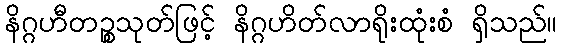
နိဂ္ဂဟီတဉ္စသုတ်ဖြင့် နိဂ္ဂဟိတ်လာရိုးထုံးစံ ရှိသည်။